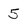
Character: 5